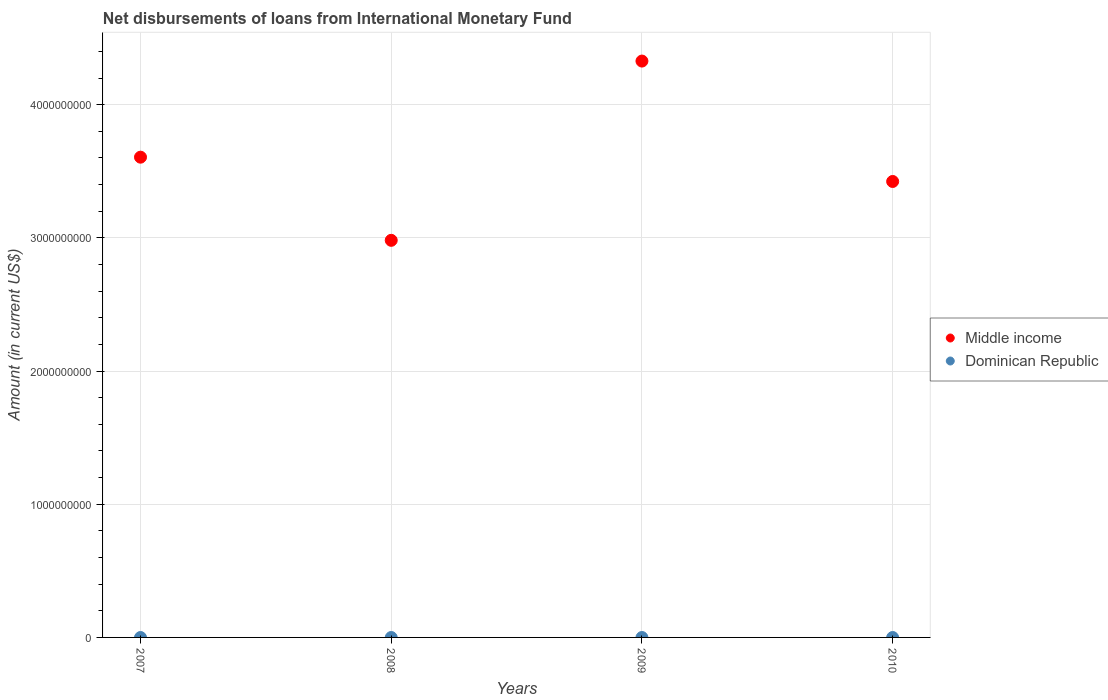
| Years | Middle income | Dominican Republic |
 | --- | --- | --- |
 | 2007 | 3.61e+09 | -6.62e+05 |
 | 2008 | 2.98e+09 | -6.62e+05 |
 | 2009 | 4.33e+09 | -6.62e+05 |
 | 2010 | 3.42e+09 | -6.62e+05 |